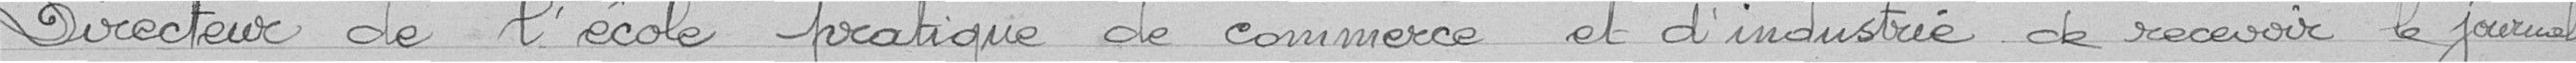
Directeur de l'école pratique de commerce et d'industrie de recevoir le journal